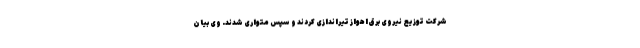
شرکت توزیع نیروی برق اهواز تیراندازی کردند و سپس متواری شدند. وی بیان